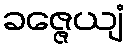
ခဇ္ဇေယျံ